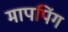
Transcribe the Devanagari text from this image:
मापपिंग